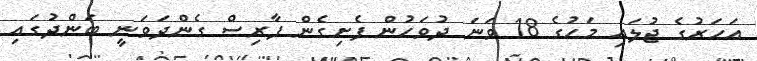
އަހަރުގެ ޖުލައި މަހުގެ 18 ވަނަ ދުވަހުން ފެށިގެން ފާރިސް ގެންދަވަނީ ބަންދުގައި